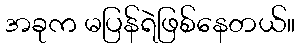
အခုက မပြန်ရဲဖြစ်နေတယ်။